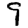
Digit: 9